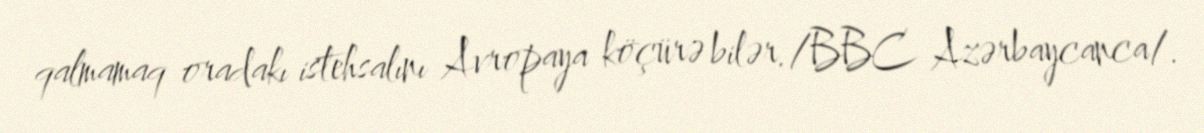
qalmamaq oradakı istehsalını Avropaya köçürə bilər./BBC Azərbaycanca/.